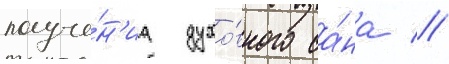
получе́н'иа духо́вного са́на //